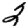
Digit: 2